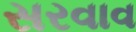
સરવાવ